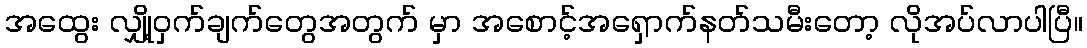
အထွေး လျှို့ဝှက်ချက်တွေအတွက် မှာ အစောင့်အရှောက်နတ်သမီးတော့ လိုအပ်လာပါပြီ။